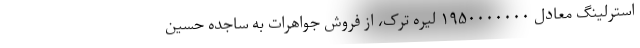
استرلینگ معادل ۱۹۵۰۰۰۰۰۰۰ لیره ترک، از فروش جواهرات به ساجده حسین